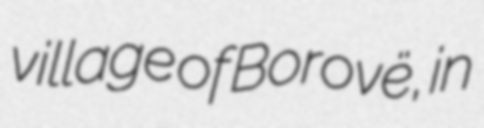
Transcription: village of Borovë, in